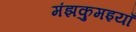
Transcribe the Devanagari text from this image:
मंझकुमइयाँ